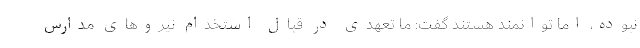
نبوده، اما توانمند هستند گفت: ما تعهدی در قبال استخدام نیروهای مدارس